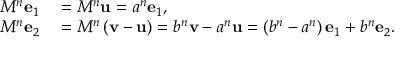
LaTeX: \begin{array} { r l } { M ^ { n } \mathbf { e } _ { 1 } } & { { } = M ^ { n } \mathbf { u } = a ^ { n } \mathbf { e } _ { 1 } , } \\ { M ^ { n } \mathbf { e } _ { 2 } } & { { } = M ^ { n } \left( \mathbf { v } - \mathbf { u } \right) = b ^ { n } \mathbf { v } - a ^ { n } \mathbf { u } = \left( b ^ { n } - a ^ { n } \right) \mathbf { e } _ { 1 } + b ^ { n } \mathbf { e } _ { 2 } . } \end{array}